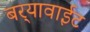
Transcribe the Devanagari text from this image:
बर्‍यावाईट